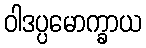
ဝါဒပ္ပမောက္ခာယ